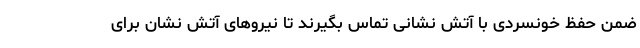
ضمن حفظ خونسردی با آتش نشانی تماس بگیرند تا نیروهای آتش نشان برای